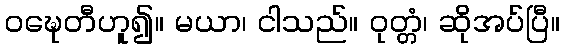
ဝဍ္ဎေတီဟူ၍။ မယာ၊ ငါသည်။ ဝုတ္တံ၊ ဆိုအပ်ပြီ။